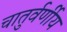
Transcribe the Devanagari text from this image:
चातुर्वर्णीय